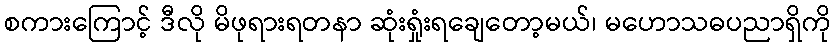
စကားကြောင့် ဒီလို မိဖုရားရတနာ ဆုံးရှုံးရချေတော့မယ်၊ မဟောသဓပညာရှိကို